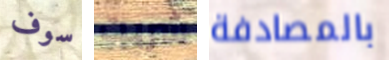
سوف شربت بالمصادفة